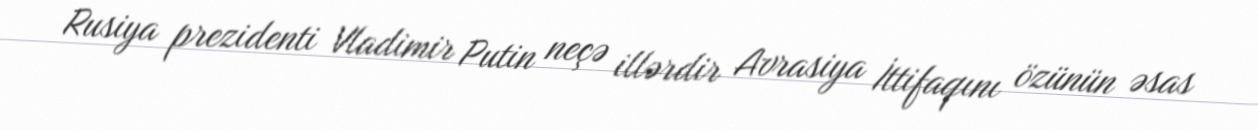
Rusiya prezidenti Vladimir Putin neçə illərdir Avrasiya İttifaqını özünün əsas